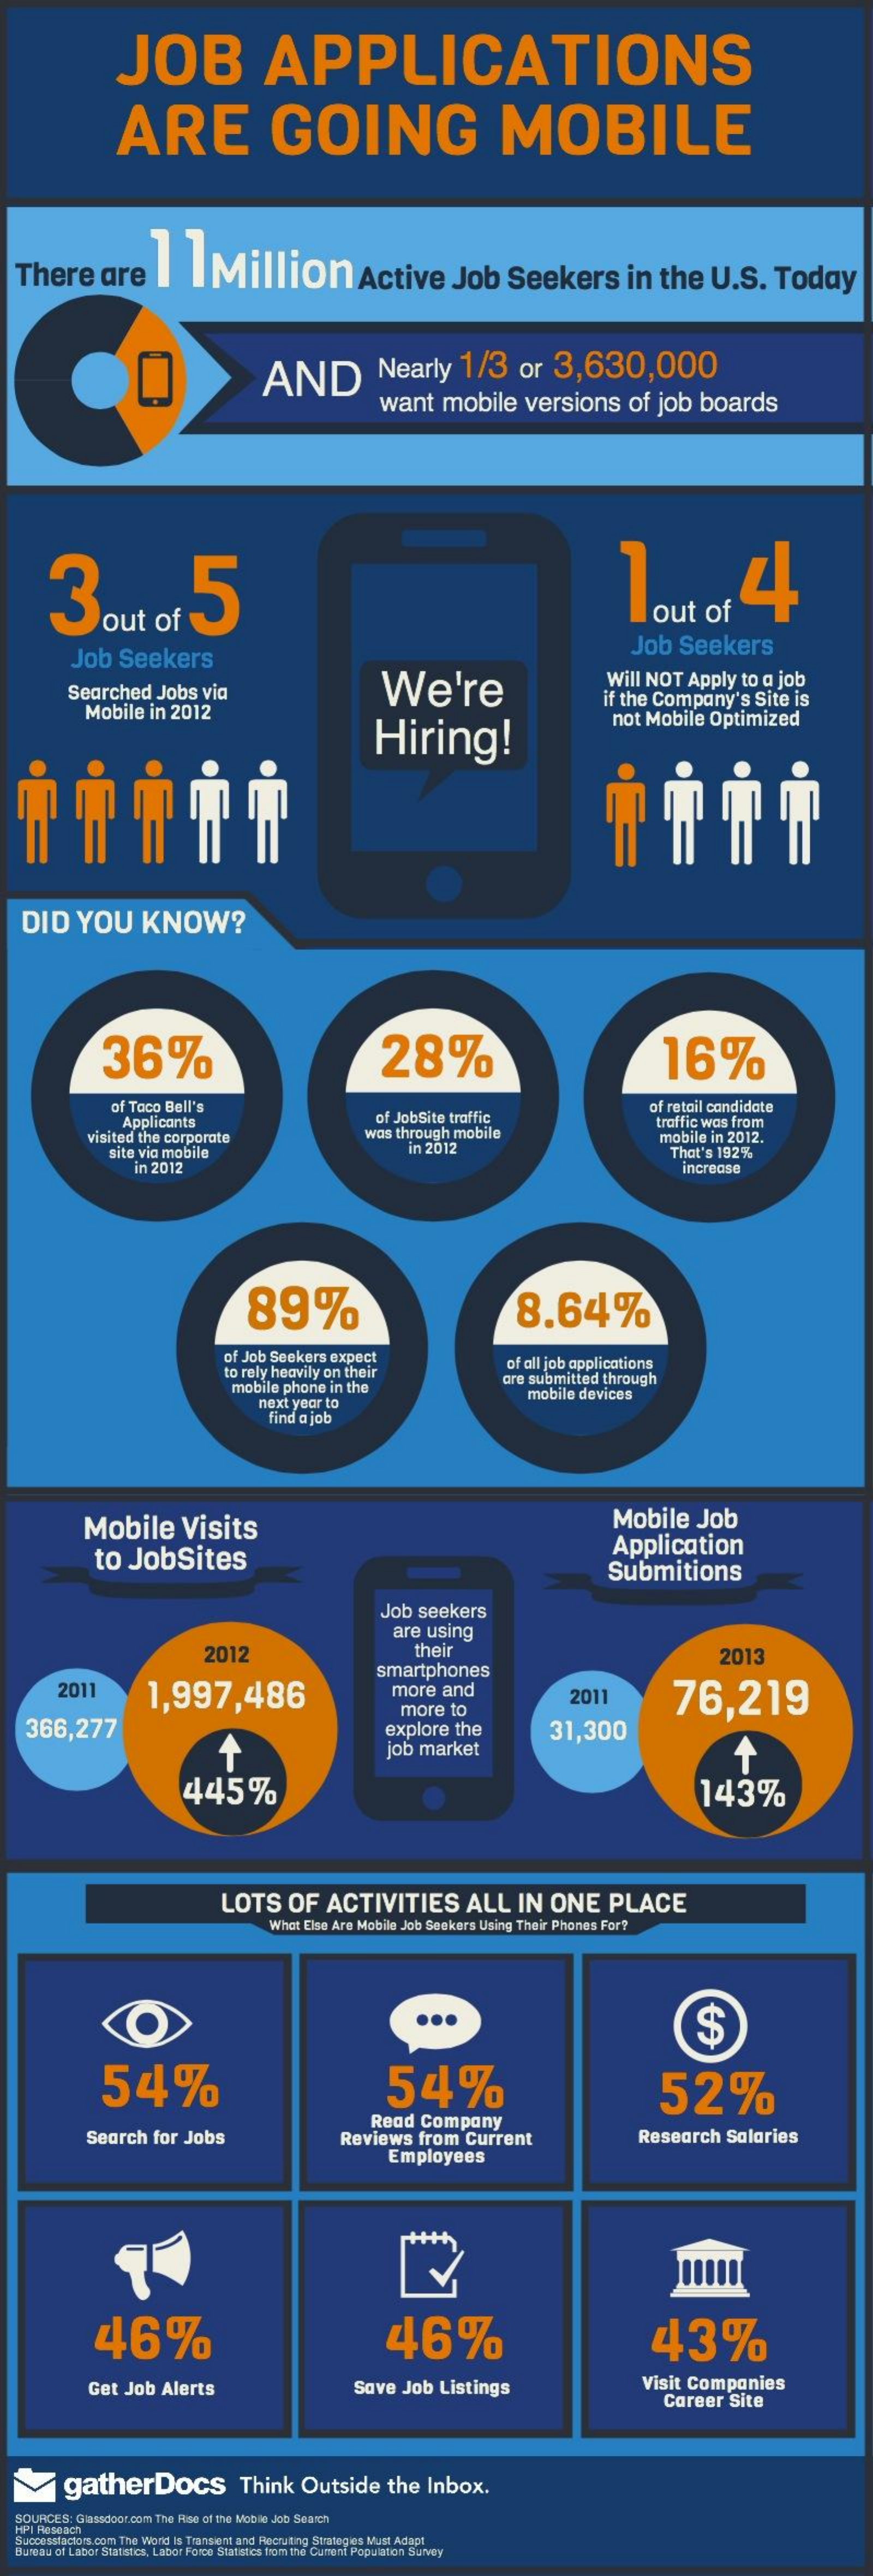
JOB    APPLICATIONS
     ARE    GOING    MOBILE
   There    are   e  1   1Million    Active    Job    Seekers    in    the    U.S.    Today
     AND    Nearly    1/3    or    3,630,000
     want    mobile    versions    of  job    boards
     3out    of    5    Tout    or    44
     Job    Seekers    Job    Seekers
     Searched    Jobs    via    We're    Will   NOT    Apply    to  a job
     Mobile    in  2012
     if the  Company's    Site   is
     Hiring!
     not   Mobile    Optimized
    DID    YOU    KNOW?
     36%    28%    16%
     of Taco  Bell's
     Applicants    of JobSite  traffic
     of retail candidate
     visited  the corporate    was  through   mobile
     traffic was from
     in 2012
     mobile   in 2012.
     site via mobile    That's  192%
     in 2012    increase
     89%    8.64%
     of Job  Seekers   expect
     to rely heavily   on their
     of all job applications
     mobile   phone   in the
     are submitted    through
     next year  to
     mobile  devices
     find a job
     Mobile    Visits    Mobile    Job
     to    JobSites    Application
     Submitions
     Job    seekers
     are  using
     2012    their    2013
     2011    1,997,486
     smartphones
     more    and    2011    76,219
     366,277
     more    to
     explore    the    31,300
     job   market
     445%    143%
     LOTS    OF    ACTIVITIES    ALL    IN    ONE    PLACE
     What  Else Are Mobile  Job Seekers  Using  Their Phones  For?
     ...    $
     54%    54%    52%
     Search    for  Jobs
     Read    Company
     Reviews    from    Current    Research    Salaries
     Employees
     46%    46%    43%
     Get   Job   Alerts    Save    Job   Listings    Visit Companies
     Career    Site
     gatherDocs    Think    Outside    the    Inbox.
   SOURCES:  Glassdoor.com The Rise of the Mobile Job Search
   HPI Reseach
   Successfactors.com The Word Is Transient and Recruiting Strategies Must Adapt
  Bureau of Labor Statistics, Labor Force Statistics from the Current Population Survey